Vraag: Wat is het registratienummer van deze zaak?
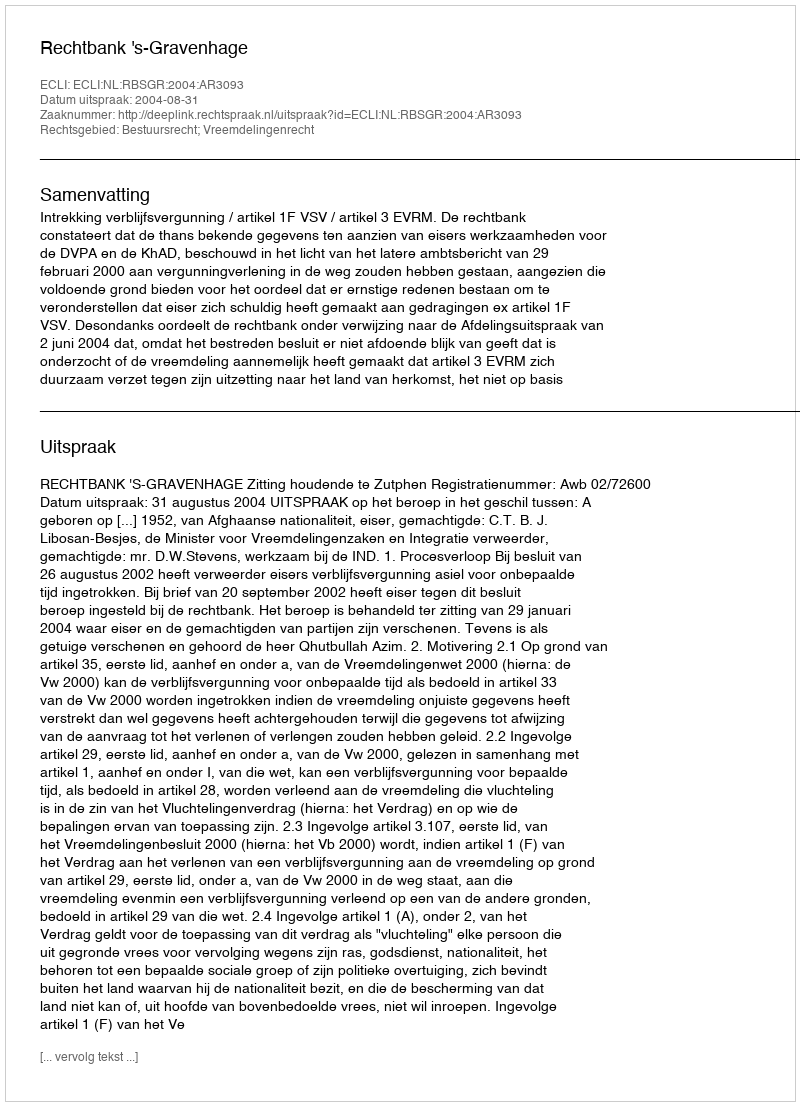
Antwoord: http://deeplink.rechtspraak.nl/uitspraak?id=ECLI:NL:RBSGR:2004:AR3093